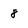
Character: 8